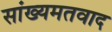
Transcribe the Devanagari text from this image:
सांख्यमतवाद